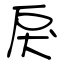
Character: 戾